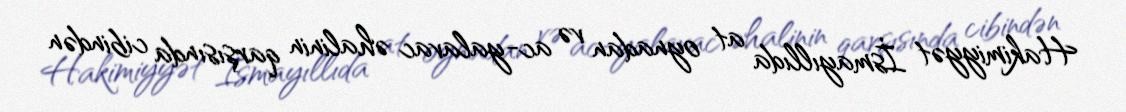
Hakimiyyət İsmayıllıda at oynadan və ac-yalavac əhalinin qarşısında cibindən